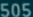
505